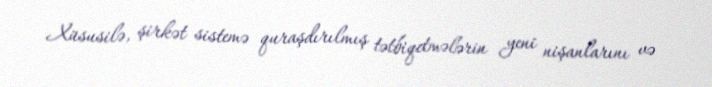
Xüsusilə, şirkət sistemə quraşdırılmış tətbiqetmələrin yeni nişanlarını və